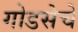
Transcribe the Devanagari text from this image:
गोडसेचे